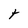
Character: t